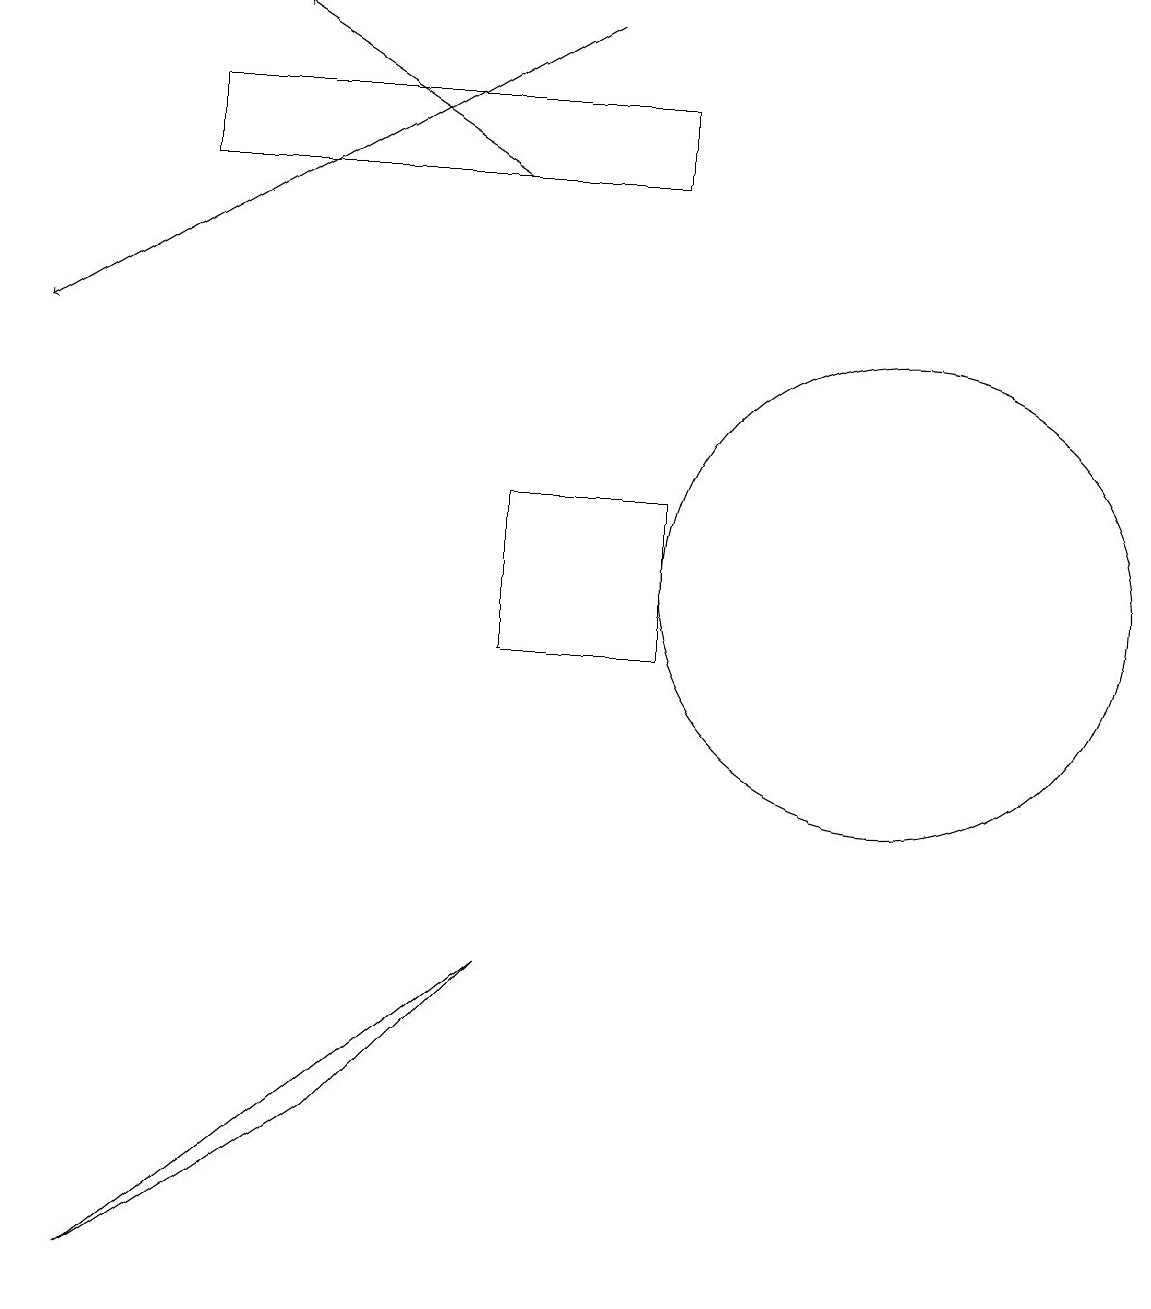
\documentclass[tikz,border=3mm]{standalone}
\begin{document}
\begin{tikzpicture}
\draw[->] (7,16) -- (4,18);
\draw (3,17) rectangle (9,16);
\draw[->] (8,18) -- (1,14);
\draw (5,4) -- (2,2) -- (7,6) -- cycle;
\draw (12,11) circle (3);
\draw (7,12) rectangle (9,10);
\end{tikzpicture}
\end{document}